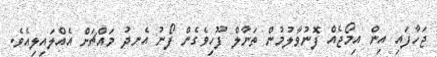
ޖަހާފައި އިން އިމޯޖެއް ފޮނުވާލުމުން ތަނާލް ފޫހިވެގެން ފޯނު އެނދު މައްޗަށް އެއްލައިލިއެވެ.